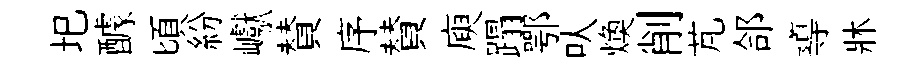
圯醵頃紛巘賛序賛庾蹋鄂㕥焕削芃郃導牀